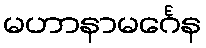
မဟာနာမင်္ဂေန